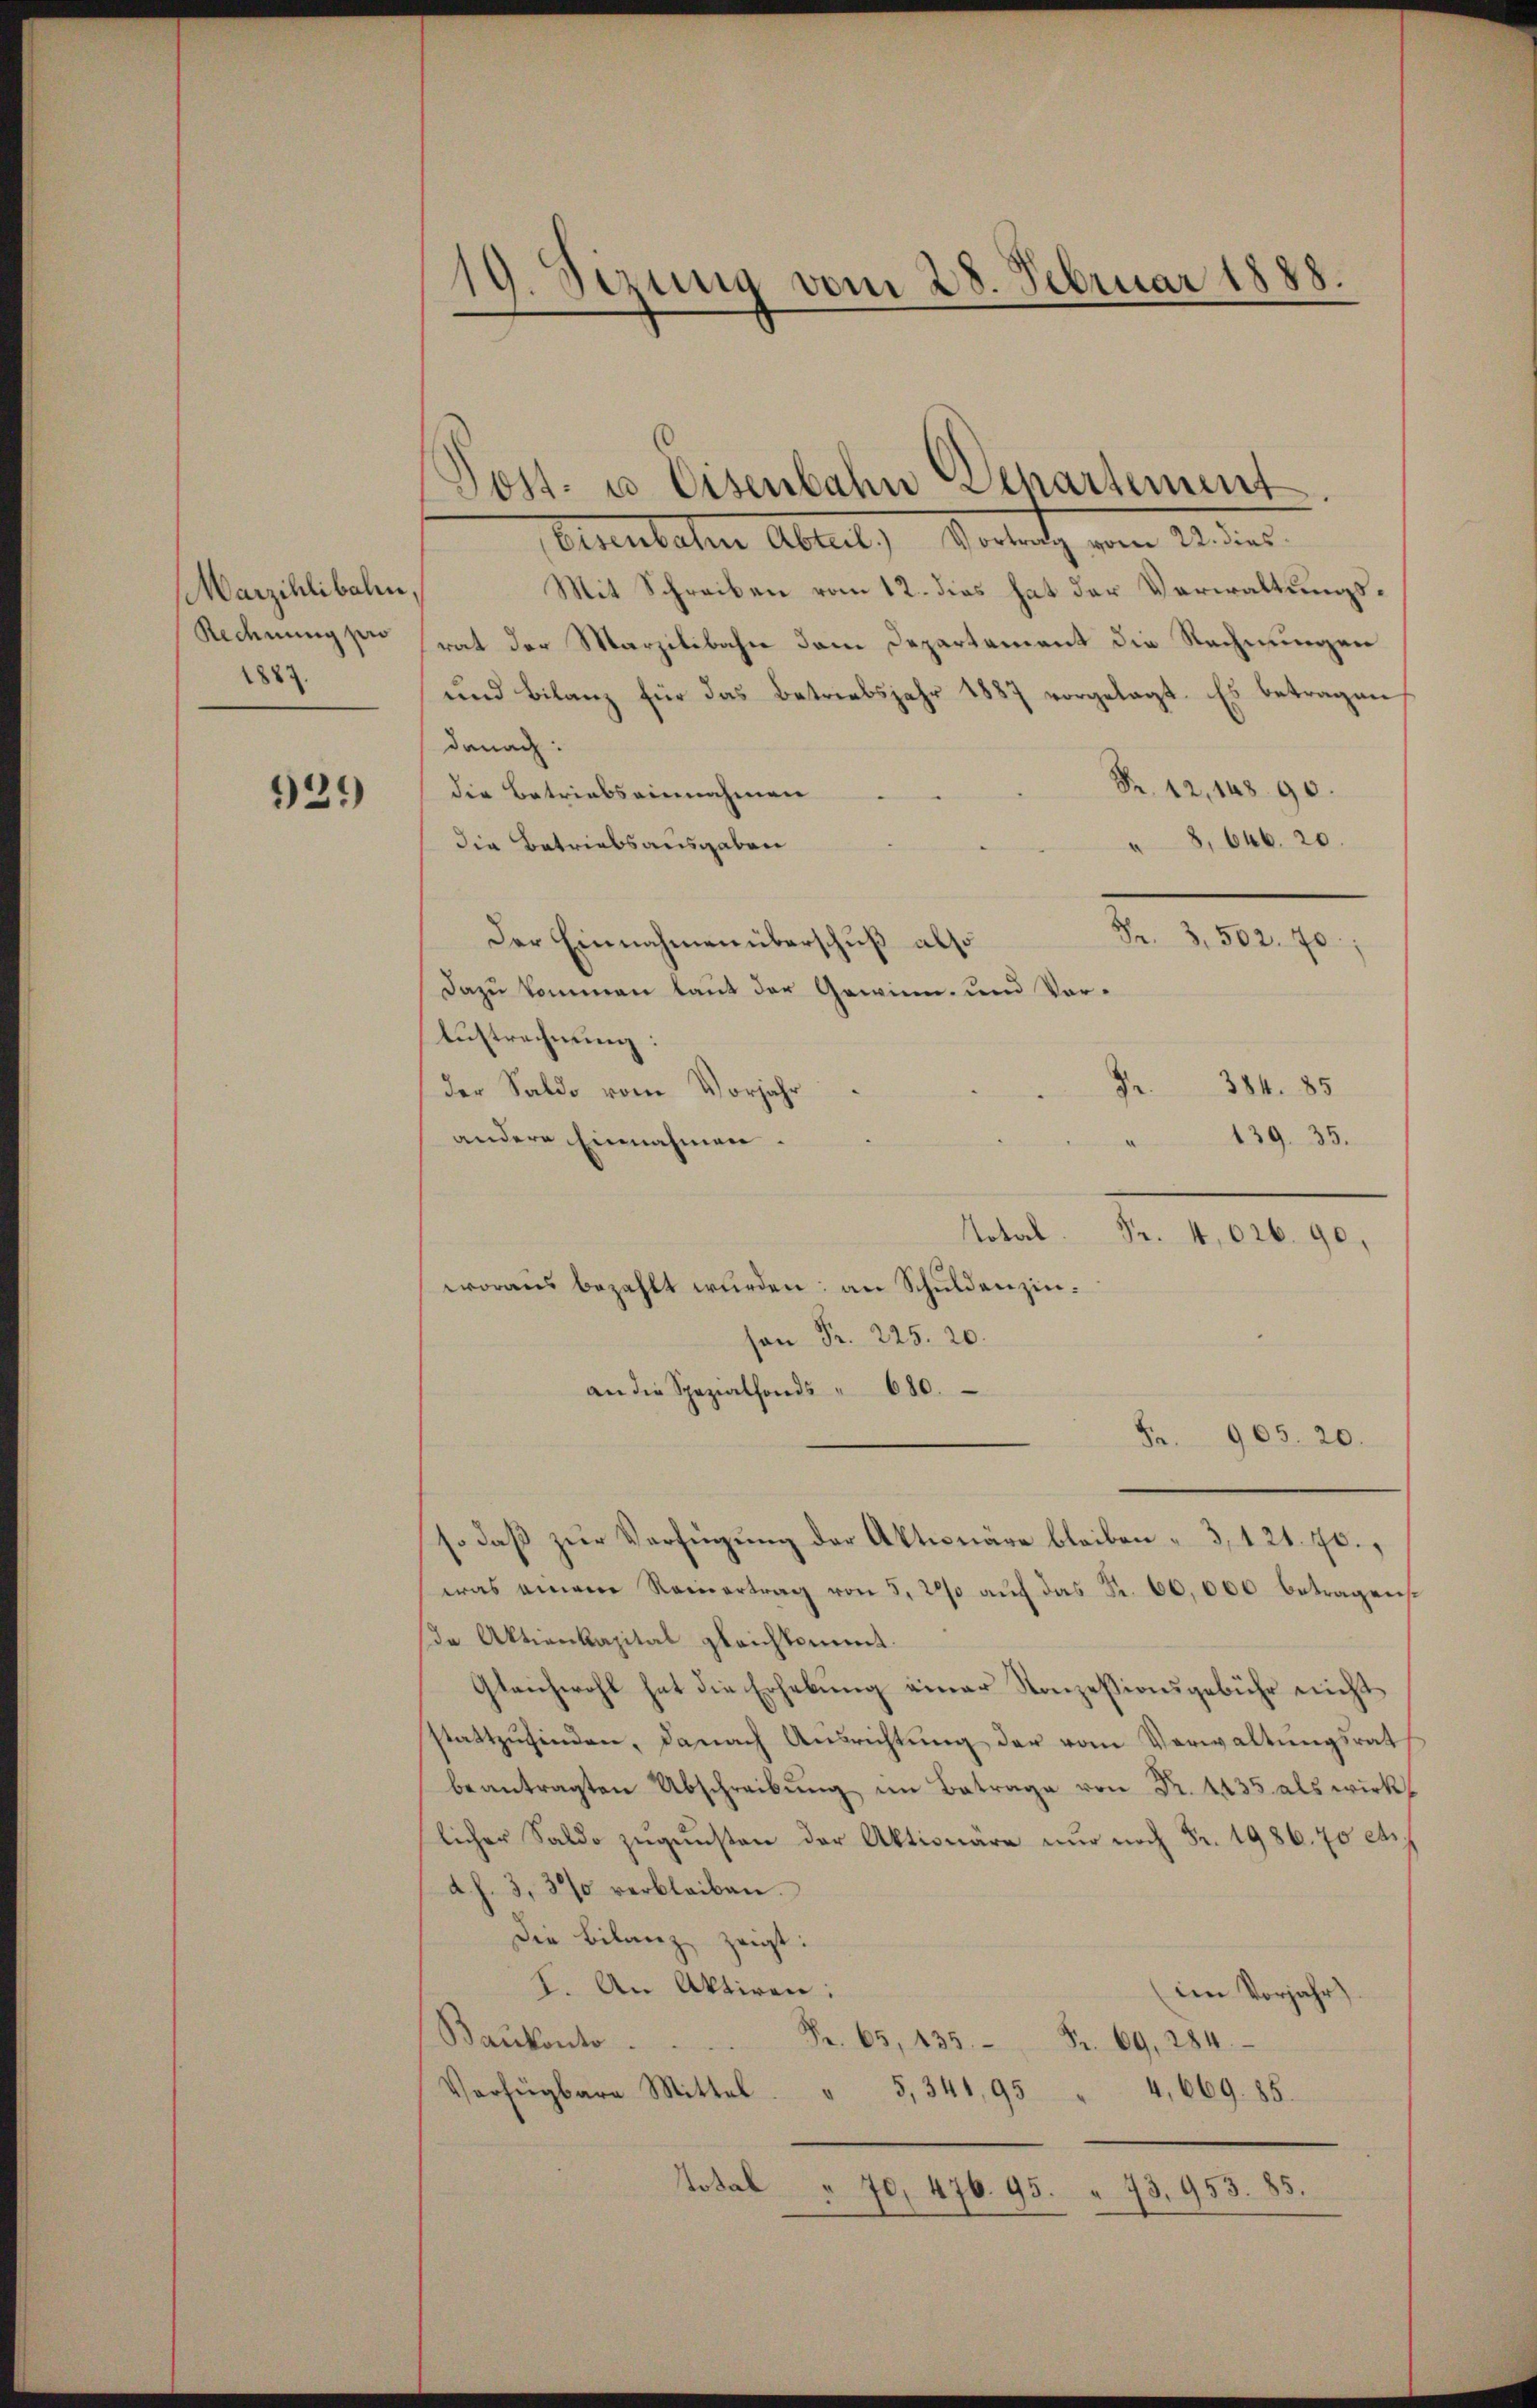
Marzihlibalen,
Redenung pro
1887.

939

19. Sizung vom 28. Februar 1888.

Bluntaten Abteil, Verantz vom 21. der
Mit Schreiben vom 12. dies hat der Verwaltungsrat der Marzilibahn dem Departement die Rechnungen
und Bilanz für das Betriebsjahr 1887 vorgelegt. Es betragen,
danach:
Fr. 12, 148. 90.
die Betriebs einnahmen
8, 646. 20
die Betriebsausgaben
Fr. 3. 502. 70:
Der Einnahmen überschuß also
Dazu kommen laut der Gewinn- und Vor¬
Austrechnung:
 384. 85
der Saldo vom Vorjahr
139. 35.
andere Einnahmen.
Total. Fr. 4,626. 90,
woraus bezahlt wurden; an Schuldenzinon Fr. 225. 20.
an die Spezialfonds " 680.
Fr. 905. 20.
so daß zur Verfügung der Aktionäre bleiben 3, 121. 40.
was einem Reinertrag von 5, 200 auf das Fr. 60,000 betragen
da Aktienkapital gleichkommt.
Gleichwohl hat die Erhebung einer Konzessionsgebühr nicht
stattzufinden, danach Ausrichtung der vom Verwaltungsrat
beantragten Abschreibung im Betrage von Fr. 4435 als wirk
licher Saldo zugunsten der Aktionäre nur noch Fr. 1986. 70 et.
d. h. 3, 32% verbleiben.
Die Bilanz zeigt:
I. An Aktiren:
im Vorjahr
Baukonto.
Fr. 65, 135 Fr. 69. 284.
Verfügbara Mittel " 5,341, 95
4,669. 85.
Total " 70, 476. 95. 73. 953. 85.

Post- u Eisenbahn Departement.